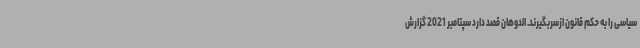
سیاسی را به حکم قانون ازسربگیرند. الدوهان قصد دارد سپتامبر 2021 گزارش